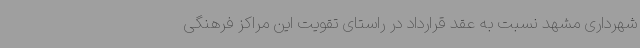
شهرداری مشهد نسبت به عقد قرارداد در راستای تقویت این مراکز فرهنگی